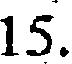
15.